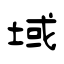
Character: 域